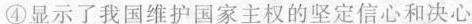
④显示了我国维护国家主权的坚定信心和决心